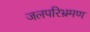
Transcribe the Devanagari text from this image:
जलपरिभ्रमण